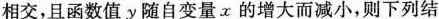
相交，且函数值y随自变量α的增大而减小，则下列结